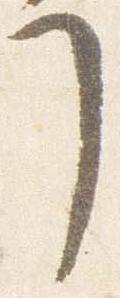
了